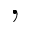
,